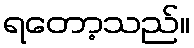
ရတော့သည်။